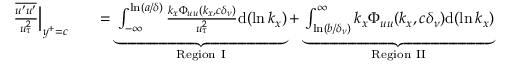
\begin{array} { r l r } { \frac { \overline { { u ^ { \prime } u ^ { \prime } } } } { u _ { \tau } ^ { 2 } } \Big | _ { y ^ { + } = c } } & { { } } & { = \underbrace { \int _ { - \infty } ^ { \ln ( a / \delta ) } \frac { k _ { x } \Phi _ { u u } ( k _ { x } , c \delta _ { \nu } ) } { u _ { \tau } ^ { 2 } } \mathrm { d } ( \ln k _ { x } ) } _ { \mathrm { R e g i o n ~ I } } + \underbrace { \int _ { \ln ( b / \delta _ { \nu } ) } ^ { \infty } k _ { x } \Phi _ { u u } ( k _ { x } , c \delta _ { \nu } ) \mathrm { d } ( \ln k _ { x } ) } _ { \mathrm { R e g i o n ~ I I } } } \end{array}